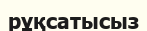
рұқсатысыз